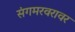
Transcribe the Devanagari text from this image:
संगमरवरावर